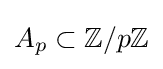
A_{p}\subset \mathbb {Z} /p\mathbb {Z}